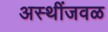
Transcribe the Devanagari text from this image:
अस्थींजवळ